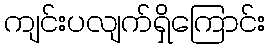
ကျင်းပလျက်ရှိကြောင်း